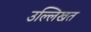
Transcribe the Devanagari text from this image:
उल्लिखत